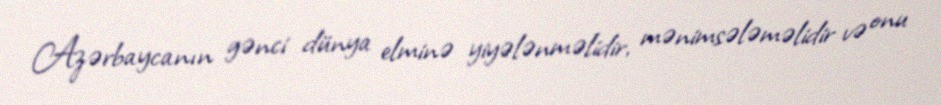
Azərbaycanın gənci dünya elminə yiyələnməlidir, mənimsələməlidir və onu